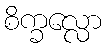
စိက္ခလ္လော